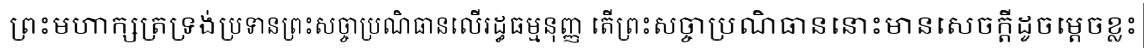
ព្រះមហាក្សត្រទ្រង់ប្រទានព្រះសច្ចាប្រណិធានលើរដ្ធធម្មនុញ្ញ តើព្រះសច្ចាប្រណិធាននោះមានសេចក្តីដូចម្តេចខ្លះ